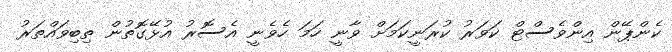
ކެންޕޭން އިންވެސްޓް ކަވަރު ކުރަނީކަމަށް ވާނީ ހަމަ ހެވެނީ އެސޮރު އުޅޭގޮތުން ތިބިވައްތަރު